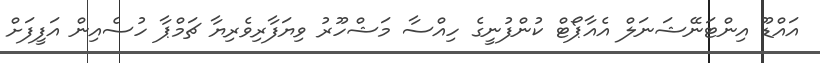
އައްޑޫ އިންޓަނޭޝަނަލް އެއާޕޯޓް ކުންފުނީގެ ހިއްސާ މަޝްހޫރު ވިޔަފާރިވެރިޔާ ޗަމްޕާ ހުސެއިން އަފީފަށް